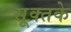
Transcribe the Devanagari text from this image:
सूक्तके